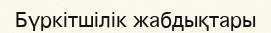
Бүркітшілік жабдықтары